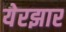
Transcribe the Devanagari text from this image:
येरझार